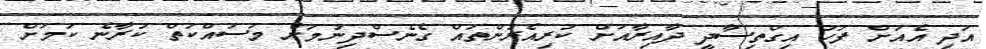
އަދި އެއަށް ފަހު އިގްތިސާދީ ދާއިރާއަށް ކުރިއެރުންތައް ގެނެސްދިނުމަށް މަސައްކަތް ކުރާނެ ކަމަށް